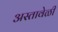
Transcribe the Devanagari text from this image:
अस्तावेळी